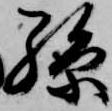
孫